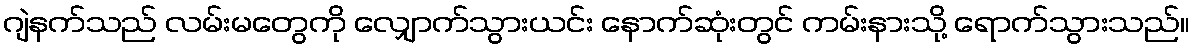
ဂျဲနက်သည် လမ်းမတွေကို လျှောက်သွားယင်း နောက်ဆုံးတွင် ကမ်းနားသို့ ရောက်သွားသည်။